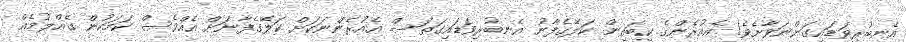
އެނބުރިިވަޑައިގަންނަވާށެވެ! އެއުރެންގެ ކިބައިން ކަލޭގެފާނު އެނބުރިވަޑައިގަތަސް އެއުރެންނަކަށް ކަލޭގެފާނަށް އެއްވެސް ކަމަކުން ގެއްލުމެއް